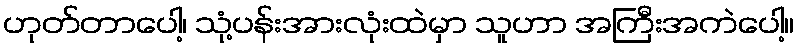
ဟုတ်တာပေါ့၊ သုံ့ပန်းအားလုံးထဲမှာ သူဟာ အကြီးအကဲပေါ့။